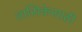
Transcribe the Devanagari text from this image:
तासिकेसाठी